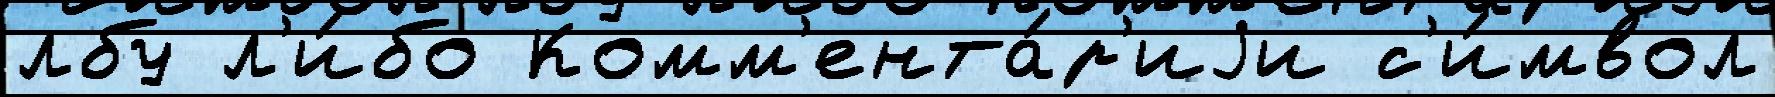
лбу л'и́бо Комм'ента́р'иjи с'и́мвол